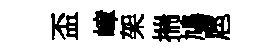
盃嶂架揣鳩扈